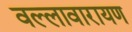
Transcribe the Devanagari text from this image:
वल्लावारायण